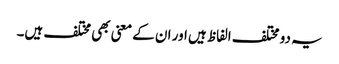
یہ دو مختلف الفاظ ہیں اور ان کے معنی بھی مختلف ہیں۔